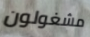
مشغولون